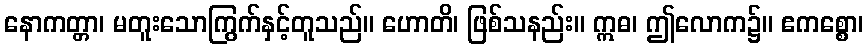
နောကတ္တာ၊ မတူးသောကြွက်နှင့်တူသည်။ ဟောတိ၊ ဖြစ်သနည်း။ ဣဓ၊ ဤလောက၌။ ဧကစ္စော၊